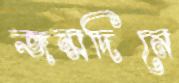
জন্মদিনে